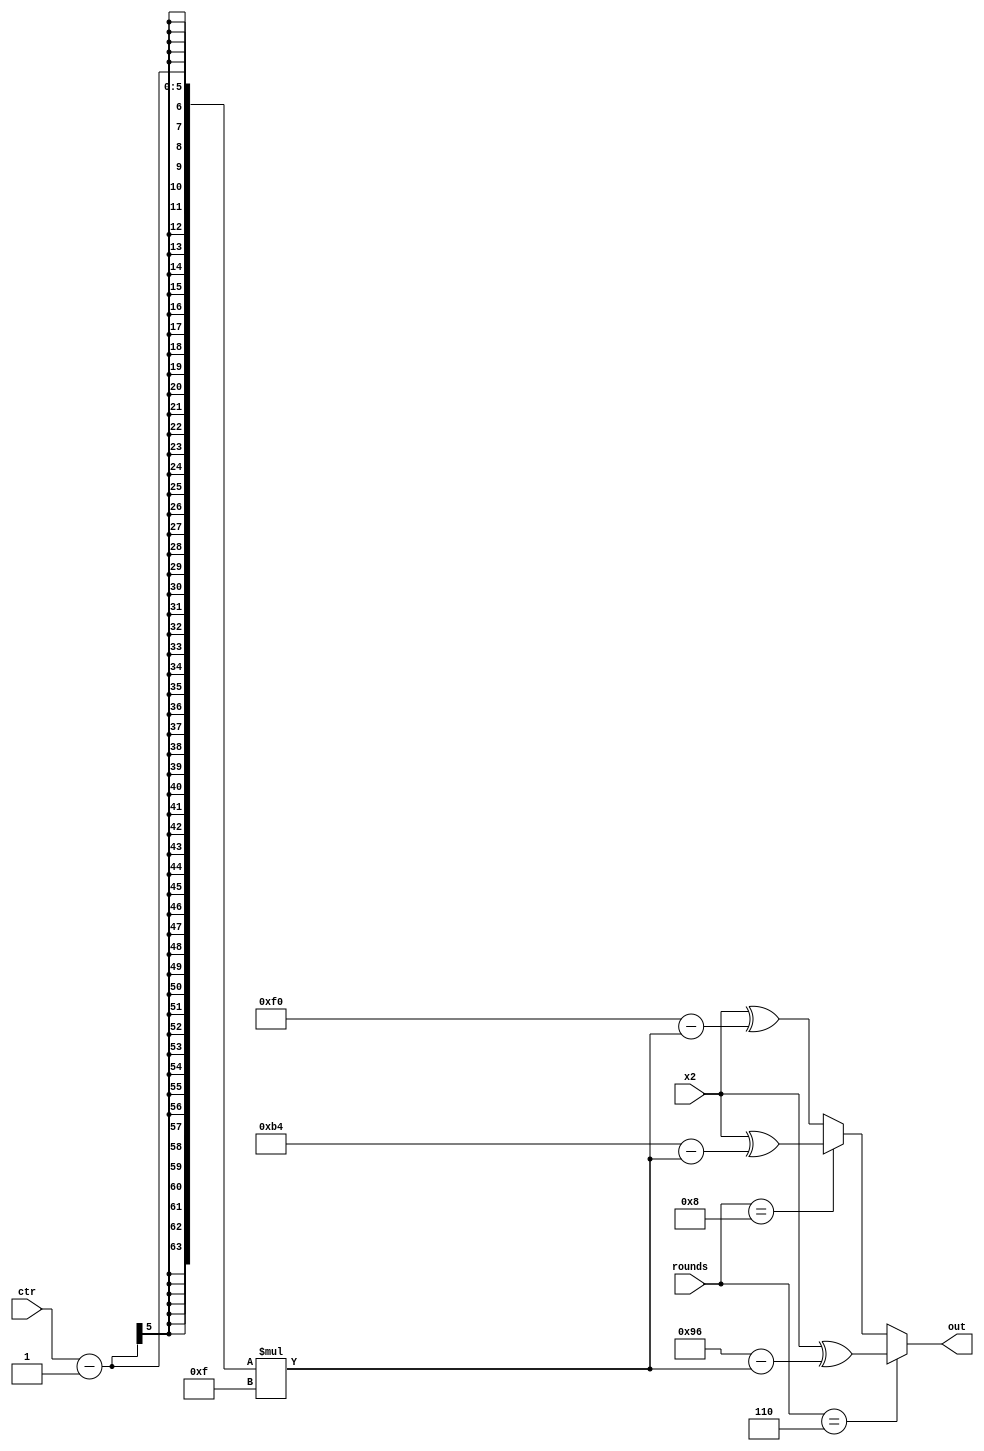
module ConstAddLayer (
    // Inputs
    input   [63:0]  x2,
    input   [4:0]   ctr,
    input   [4:0]   rounds,

    // Outputs
    output  [63:0]  out 
);

    reg [63:0] out_buf;
    assign out = out_buf;

    always @(*) begin
        if(rounds == 6)
            out_buf = x2 ^ (8'h96 - (ctr-1) * 15);
        else if(rounds == 8)
            out_buf = x2 ^ (8'hb4 - (ctr-1) * 15);
        else 
            out_buf = x2 ^ (8'hf0 - (ctr-1) * 15);
    end

endmodule